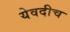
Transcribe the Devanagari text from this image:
येवदीच